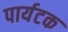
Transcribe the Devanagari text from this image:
पार्यटक